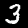
Digit: 3